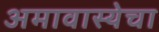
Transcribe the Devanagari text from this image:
अमावास्येचा